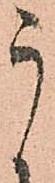
う